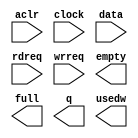
// megafunction wizard: %FIFO%VBB%
// GENERATION: STANDARD
// VERSION: WM1.0
// MODULE: scfifo 

// ============================================================
// Megafunction Name(s):
// 			scfifo
//
// Simulation Library Files(s):
// 			altera_mf
// ============================================================
// ************************************************************
// THIS IS A WIZARD-GENERATED FILE. DO NOT EDIT THIS FILE!
//
// 18.0.0 Build 614 04/24/2018 SJ Standard Edition
// ************************************************************

//Copyright (C) 2018  Intel Corporation. All rights reserved.
//Your use of Intel Corporation's design tools, logic functions 
//and other software and tools, and its AMPP partner logic 
//functions, and any output files from any of the foregoing 
//(including device programming or simulation files), and any 
//associated documentation or information are expressly subject 
//to the terms and conditions of the Intel Program License 
//Subscription Agreement, the Intel Quartus Prime License Agreement,
//the Intel FPGA IP License Agreement, or other applicable license
//agreement, including, without limitation, that your use is for
//the sole purpose of programming logic devices manufactured by
//Intel and sold by Intel or its authorized distributors.  Please
//refer to the applicable agreement for further details.

module fifo_32 (
	aclr,
	clock,
	data,
	rdreq,
	wrreq,
	empty,
	full,
	q,
	usedw);

	input	  aclr;
	input	  clock;
	input	[31:0]  data;
	input	  rdreq;
	input	  wrreq;
	output	  empty;
	output	  full;
	output	[31:0]  q;
	output	[7:0]  usedw;

endmodule

// ============================================================
// CNX file retrieval info
// ============================================================
// Retrieval info: PRIVATE: AlmostEmpty NUMERIC "0"
// Retrieval info: PRIVATE: AlmostEmptyThr NUMERIC "-1"
// Retrieval info: PRIVATE: AlmostFull NUMERIC "0"
// Retrieval info: PRIVATE: AlmostFullThr NUMERIC "-1"
// Retrieval info: PRIVATE: CLOCKS_ARE_SYNCHRONIZED NUMERIC "1"
// Retrieval info: PRIVATE: Clock NUMERIC "0"
// Retrieval info: PRIVATE: Depth NUMERIC "256"
// Retrieval info: PRIVATE: Empty NUMERIC "1"
// Retrieval info: PRIVATE: Full NUMERIC "1"
// Retrieval info: PRIVATE: INTENDED_DEVICE_FAMILY STRING "Stratix IV"
// Retrieval info: PRIVATE: LE_BasedFIFO NUMERIC "0"
// Retrieval info: PRIVATE: LegacyRREQ NUMERIC "1"
// Retrieval info: PRIVATE: MAX_DEPTH_BY_9 NUMERIC "0"
// Retrieval info: PRIVATE: OVERFLOW_CHECKING NUMERIC "0"
// Retrieval info: PRIVATE: Optimize NUMERIC "0"
// Retrieval info: PRIVATE: RAM_BLOCK_TYPE NUMERIC "2"
// Retrieval info: PRIVATE: SYNTH_WRAPPER_GEN_POSTFIX STRING "0"
// Retrieval info: PRIVATE: UNDERFLOW_CHECKING NUMERIC "0"
// Retrieval info: PRIVATE: UsedW NUMERIC "1"
// Retrieval info: PRIVATE: Width NUMERIC "32"
// Retrieval info: PRIVATE: dc_aclr NUMERIC "0"
// Retrieval info: PRIVATE: diff_widths NUMERIC "0"
// Retrieval info: PRIVATE: msb_usedw NUMERIC "0"
// Retrieval info: PRIVATE: output_width NUMERIC "32"
// Retrieval info: PRIVATE: rsEmpty NUMERIC "1"
// Retrieval info: PRIVATE: rsFull NUMERIC "0"
// Retrieval info: PRIVATE: rsUsedW NUMERIC "0"
// Retrieval info: PRIVATE: sc_aclr NUMERIC "1"
// Retrieval info: PRIVATE: sc_sclr NUMERIC "0"
// Retrieval info: PRIVATE: wsEmpty NUMERIC "0"
// Retrieval info: PRIVATE: wsFull NUMERIC "1"
// Retrieval info: PRIVATE: wsUsedW NUMERIC "0"
// Retrieval info: LIBRARY: altera_mf altera_mf.altera_mf_components.all
// Retrieval info: CONSTANT: ADD_RAM_OUTPUT_REGISTER STRING "OFF"
// Retrieval info: CONSTANT: INTENDED_DEVICE_FAMILY STRING "Stratix IV"
// Retrieval info: CONSTANT: LPM_HINT STRING "RAM_BLOCK_TYPE=M9K"
// Retrieval info: CONSTANT: LPM_NUMWORDS NUMERIC "256"
// Retrieval info: CONSTANT: LPM_SHOWAHEAD STRING "OFF"
// Retrieval info: CONSTANT: LPM_TYPE STRING "scfifo"
// Retrieval info: CONSTANT: LPM_WIDTH NUMERIC "32"
// Retrieval info: CONSTANT: LPM_WIDTHU NUMERIC "8"
// Retrieval info: CONSTANT: OVERFLOW_CHECKING STRING "ON"
// Retrieval info: CONSTANT: UNDERFLOW_CHECKING STRING "ON"
// Retrieval info: CONSTANT: USE_EAB STRING "ON"
// Retrieval info: USED_PORT: aclr 0 0 0 0 INPUT NODEFVAL "aclr"
// Retrieval info: USED_PORT: clock 0 0 0 0 INPUT NODEFVAL "clock"
// Retrieval info: USED_PORT: data 0 0 32 0 INPUT NODEFVAL "data[31..0]"
// Retrieval info: USED_PORT: empty 0 0 0 0 OUTPUT NODEFVAL "empty"
// Retrieval info: USED_PORT: full 0 0 0 0 OUTPUT NODEFVAL "full"
// Retrieval info: USED_PORT: q 0 0 32 0 OUTPUT NODEFVAL "q[31..0]"
// Retrieval info: USED_PORT: rdreq 0 0 0 0 INPUT NODEFVAL "rdreq"
// Retrieval info: USED_PORT: usedw 0 0 8 0 OUTPUT NODEFVAL "usedw[7..0]"
// Retrieval info: USED_PORT: wrreq 0 0 0 0 INPUT NODEFVAL "wrreq"
// Retrieval info: CONNECT: @aclr 0 0 0 0 aclr 0 0 0 0
// Retrieval info: CONNECT: @clock 0 0 0 0 clock 0 0 0 0
// Retrieval info: CONNECT: @data 0 0 32 0 data 0 0 32 0
// Retrieval info: CONNECT: @rdreq 0 0 0 0 rdreq 0 0 0 0
// Retrieval info: CONNECT: @wrreq 0 0 0 0 wrreq 0 0 0 0
// Retrieval info: CONNECT: empty 0 0 0 0 @empty 0 0 0 0
// Retrieval info: CONNECT: full 0 0 0 0 @full 0 0 0 0
// Retrieval info: CONNECT: q 0 0 32 0 @q 0 0 32 0
// Retrieval info: CONNECT: usedw 0 0 8 0 @usedw 0 0 8 0
// Retrieval info: GEN_FILE: TYPE_NORMAL fifo_32.v TRUE
// Retrieval info: GEN_FILE: TYPE_NORMAL fifo_32.inc TRUE
// Retrieval info: GEN_FILE: TYPE_NORMAL fifo_32.cmp TRUE
// Retrieval info: GEN_FILE: TYPE_NORMAL fifo_32.bsf TRUE
// Retrieval info: GEN_FILE: TYPE_NORMAL fifo_32_inst.v TRUE
// Retrieval info: GEN_FILE: TYPE_NORMAL fifo_32_bb.v TRUE
// Retrieval info: LIB_FILE: altera_mf